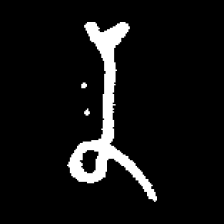
Pyu character \u2014 Myanmar letter: န (romanized: na)